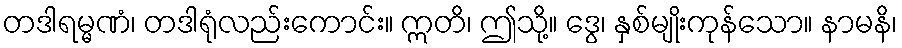
တဒါရမ္မဏံ၊ တဒါရုံလည်းကောင်း။ ဣတိ၊ ဤသို့။ ဒွေ၊ နှစ်မျိုးကုန်သော။ နာမနိ၊